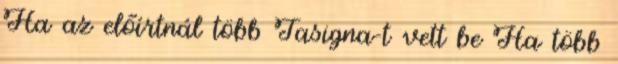
Ha az előírtnál több Tasigna-t vett be Ha több